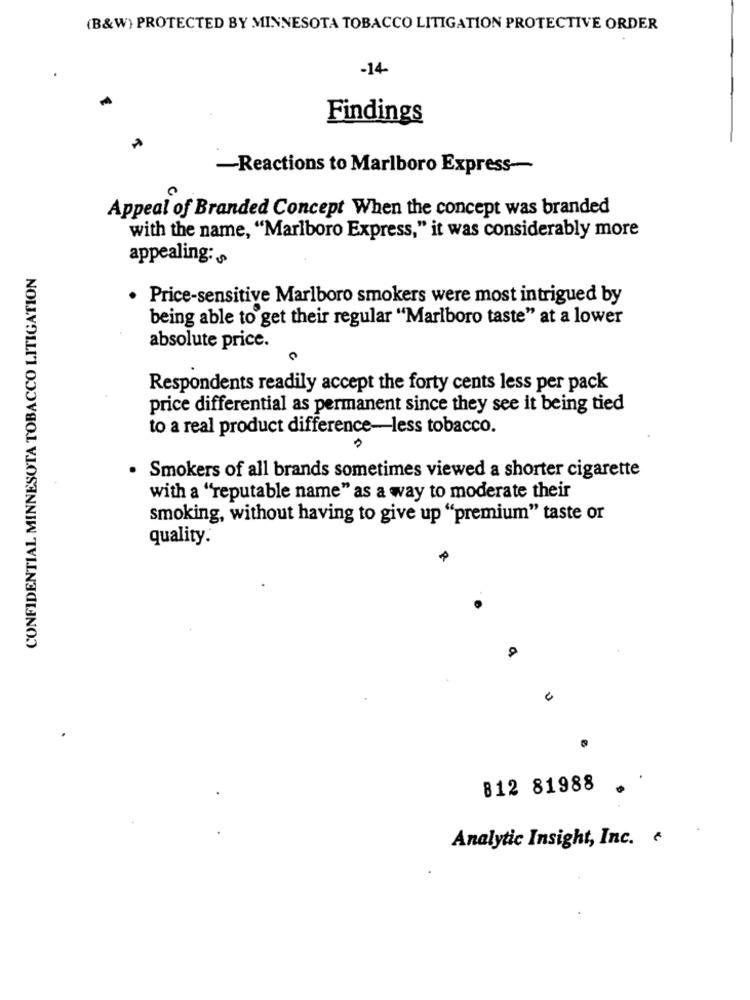
(B&W) PROTECTED BY MINNESOTA TOBACCO LITIGATION PROTECTIVE ORDER
-14-
Findings
-Reactions to Marlboro Express~
Appeal of Branded Concept When the concept was branded
with the name, "Marlboro Express," it was considerably more
appealing:
CONFIDENTIAL MINNESOTA TOBACCO LITIGATION
· Price-sensitive Marlboro smokers were most intrigued by
being able to get their regular "Marlboro taste" at a lower
absolute price.
Respondents readily accept the forty cents less per pack
price differential as permanent since they see it being tied
to a real product difference-less tobacco.
· Smokers of all brands sometimes viewed a shorter cigarette
with a "reputable name" as a way to moderate their
smoking, without having to give up "premium" taste or
quality.
812 81988
Analytic Insight, Inc.